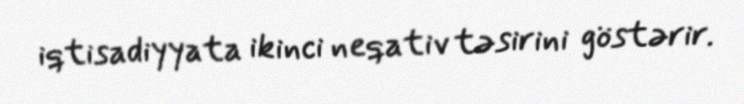
iqtisadiyyata ikinci neqativ təsirini göstərir.